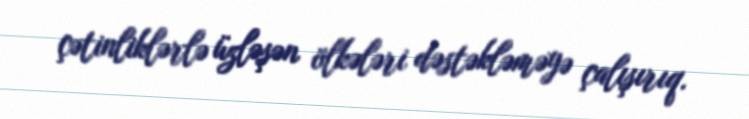
çətinliklərlə üzləşən ölkələri dəstəkləməyə çalışırıq.